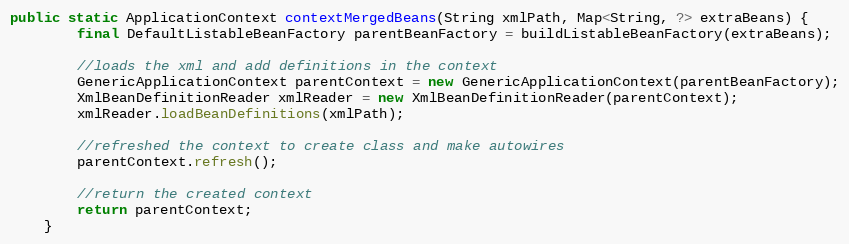
Language: Java
public static ApplicationContext contextMergedBeans(String xmlPath, Map<String, ?> extraBeans) {
	    final DefaultListableBeanFactory parentBeanFactory = buildListableBeanFactory(extraBeans);

		//loads the xml and add definitions in the context
		GenericApplicationContext parentContext = new GenericApplicationContext(parentBeanFactory);
		XmlBeanDefinitionReader xmlReader = new XmlBeanDefinitionReader(parentContext);
		xmlReader.loadBeanDefinitions(xmlPath);

		//refreshed the context to create class and make autowires
		parentContext.refresh();

		//return the created context
		return parentContext;
	}